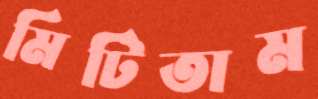
মিটিতাম